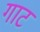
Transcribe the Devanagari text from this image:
गाट